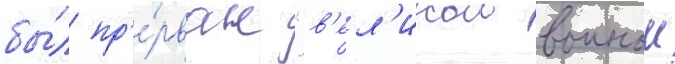
бы́л пр'е́рван "в'ел'икои воинои